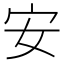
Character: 安